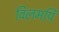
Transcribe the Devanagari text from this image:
विलमपि